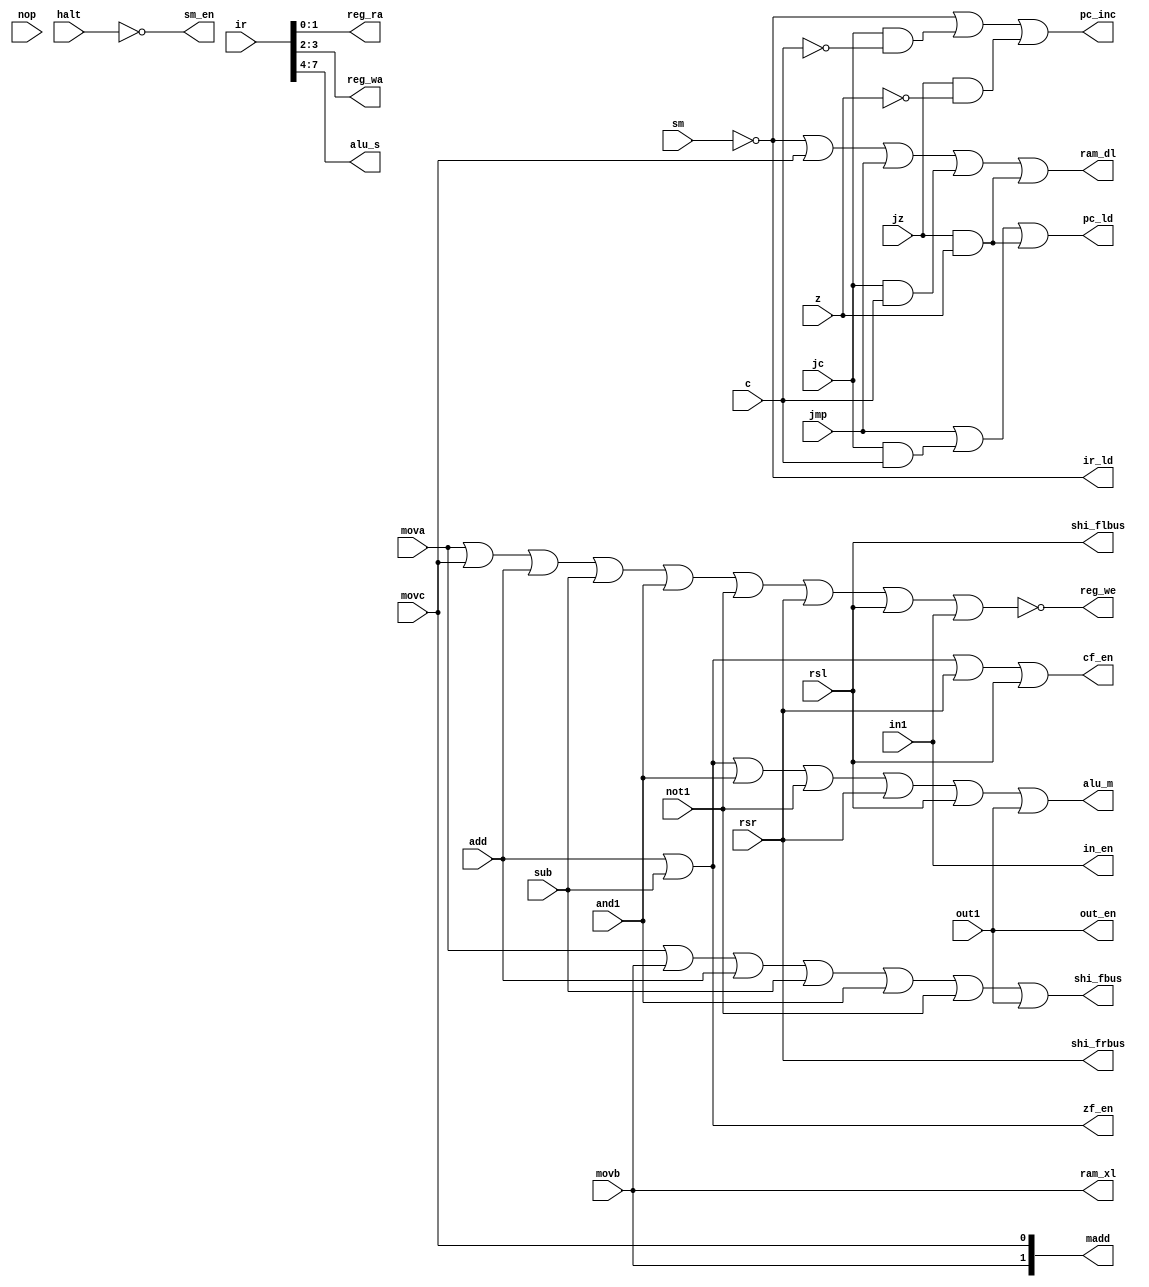
module con_signal(
	input wire mova, movb, movc, add, sub, and1, not1, rsr, rsl, jmp, jz, z, jc, c, in1, out1, nop, halt, sm,
	input wire [7:0] ir,
	output reg [1:0] reg_ra, reg_wa, madd,
	output reg [3:0] alu_s,
	output reg pc_ld, pc_inc, reg_we, ram_xl, ram_dl, alu_m, shi_fbus, shi_flbus, shi_frbus, ir_ld, cf_en, zf_en, sm_en, in_en, out_en
);

always @(mova or movb or movc or add or sub or and1 or not1 or rsr or rsl or jmp or jz or z or jc or c or in1 or out1 or nop or halt or sm) begin
	{pc_ld, pc_inc, reg_we, ram_xl, ram_dl, alu_m, shi_fbus, shi_flbus, shi_frbus, ir_ld, cf_en, zf_en, sm_en, in_en, out_en} =  0;
	alu_s = ir[7:4];
	reg_ra = ir[1:0];
	reg_wa = ir[3:2];
	madd[1] = movb;
	madd[0] = movc;
	pc_ld = jmp | (jc && c) | (jz & z); // 
	pc_inc = (~sm) | (jc & (~c)) | (jz & (~z)); // 
	reg_we = ~(mova | movc | add | sub | and1 | not1 | rsr | rsl | in1); // 
	ram_xl = movb; // RAM
	ram_dl = (~sm) | movc | jmp | (jc & c) | (jz & z); //RAM
	alu_m = add | sub | and1 | not1 | rsr | rsl | out1;
	shi_fbus = mova | movb | add | sub | and1 | not1 | out1;
	shi_flbus = rsl;
	shi_frbus = rsr;
	ir_ld = ~sm;
	cf_en = add | sub | rsr | rsl; // cfcfcf
	zf_en = add | sub; //
	sm_en = ~halt; // sm
	in_en = in1;
	out_en = out1;

end
endmodule